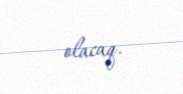
olacaq.